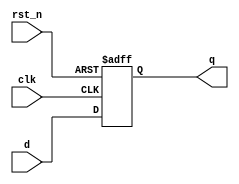
module dut (
	clk, rst_n, d, q
);

	input clk, rst_n, d;
	output /*reg*/ q; // now it is wire, because we will do changes on _reg and _next

	// every signal creates 2 helper
	reg q_reg, q_next; // _reg and _next helper are going to be chaned
	assign q = q_reg; // when q is changed by continual assign, change q_reg immediatelly
		

	// clk:: on every change BUT on rising edge: posedge
	// rst_n:: on every drop from 1 to 0: negedge
	always @(posedge clk, negedge rst_n) begin
		// divide into sequential and combinational logic
		// this remains sequential: acts on risign edge chage clk and falling egde rst_n

		// here, q_REG is changed: registers should be changed only on clock tick and async reset
		// all _reg will be changed in this block
		if (!rst_n) // seqiential logic
			// q <= 0;	// non-blocking assignment
			// - this is combinational logic
			q_reg <= 0; // 
		else
			// q <= d; - this is combinational logic
			q_reg <= q_next; // this is created based on comment in always @(d) block
							 // we are interested in the last change of q_next on clk change, it is not important what happened between 2 clocks

		// <= is non-blocking assign
		// in sequential module, this assign should be used, why?
		// on clk, we need changes to be happened at the same time, not in a sequential order.
		// //q_reg is 1
		// q_reg <= 0;
		// q_next <= q_reg;
		// after this non-blocking assing, q_req will be 0, BUT q_next will be 1, not 0 because those 2 assigns has happened at the same time
	end

	always @(d) begin 
		// combinational logic, acts on every input singals, exept clk and rst_n
		// input signals, in this case d, can be changed in any moment
		// BUT that change can only be seen on clk rising edge signal
		// Here we should collect every change, but the last change is only important, and it will be collected on clk signal
		q_next = d;
	end

endmodule